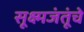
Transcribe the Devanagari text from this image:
सूक्ष्मजंतूंचे